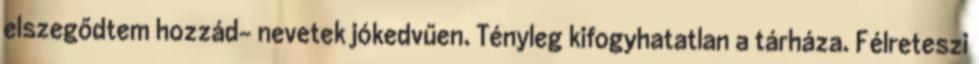
elszegődtem hozzád- nevetek jókedvűen. Tényleg kifogyhatatlan a tárháza. Félreteszi